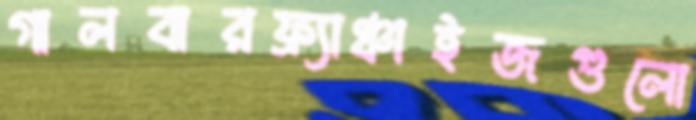
গালবারফ্র্যাঞ্চাইজগুলো